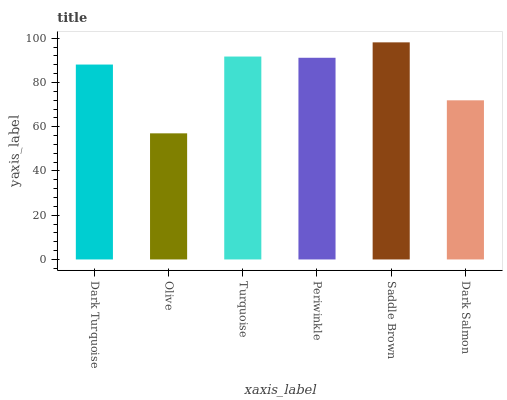
| xaxis_label | bars |
 | --- | --- |
 | Dark Turquoise | 88.1 |
 | Olive | 57 |
 | Turquoise | 91.7 |
 | Periwinkle | 91.2 |
 | Saddle Brown | 98.1 |
 | Dark Salmon | 71.9 |